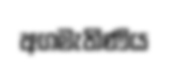
අගමැතිණිය